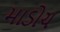
માડોચ